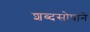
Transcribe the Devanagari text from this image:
शब्दसोपाने